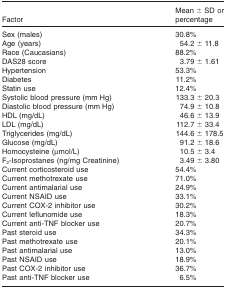
| Factor | Mean ± SD or percentage |
 | --- | --- |
 | Sex (males) | 30.8% |
 | Age (years) | 54.2 ± 11.8 |
 | Race (Caucasians) | 88.2% |
 | DAS28 score | 3.79 ± 1.61 |
 | Hypertension | 53.3% |
 | Diabetes | 11.2% |
 | Statin use | 12.4% |
 | Systolic blood pressure (mm Hg) | 133.3 ± 20.3 |
 | Diastolic blood pressure (mm Hg) | 74.9 ± 10.8 |
 | HDL (mg/dL) | 46.6 ± 13.9 |
 | LDL (mg/dL) | 112.7 ± 33.4 |
 | Triglycerides (mg/dL) | 144.6 ± 178.5 |
 | Glucose (mg/dL) | 91.2 ± 18.6 |
 | Homocysteine (μmol/L) | 10.5 ± 3.4 |
 | F2-Isoprostanes (ng/mg Creatinine) | 3.49 ± 3.80 |
 | Current corticosteroid use | 54.4% |
 | Current methotrexate use | 71.0% |
 | Current antimalarial use | 24.9% |
 | Current NSAID use | 33.1% |
 | Current COX-2 inhibitor use | 30.2% |
 | Current leflunomide use | 18.3% |
 | Current anti-TNF blocker use | 20.7% |
 | Past steroid use | 34.3% |
 | Past methotrexate use | 20.1% |
 | Past antimalarial use | 13.0% |
 | Past NSAID use | 18.9% |
 | Past COX-2 inhibitor use | 36.7% |
 | Past anti-TNF blocker use | 6.5% |